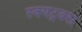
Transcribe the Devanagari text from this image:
स्क्यट्रक्स